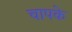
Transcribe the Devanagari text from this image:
चापके